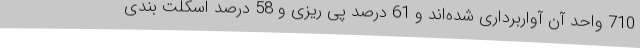
710 واحد آن آواربرداری شده‌اند و 61 درصد پی ریزی و 58 درصد اسکلت بندی